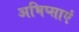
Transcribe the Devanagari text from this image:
अभिप्साएं